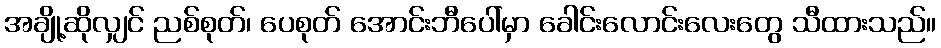
အချို့ဆိုလျှင် ညစ်စုတ်၊ ပေစုတ် အောင်းဘီပေါ်မှာ ခေါင်းလောင်းလေးတွေ သီထားသည်။